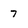
Character: 7